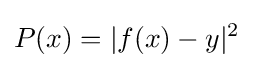
P(x)=|f(x)-y|^{2}